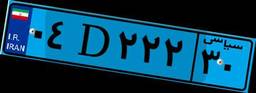
۰۴D۲۲۲۳۰